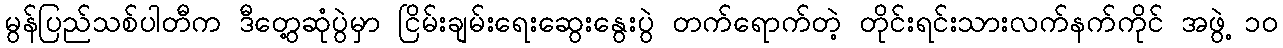
မွန်ပြည်သစ်ပါတီက ဒီတွေ့ဆုံပွဲမှာ ငြိမ်းချမ်းရေးဆွေးနွေးပွဲ တက်ရောက်တဲ့ တိုင်းရင်းသားလက်နက်ကိုင် အဖွဲ့ ၁၀